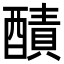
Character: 𨢦